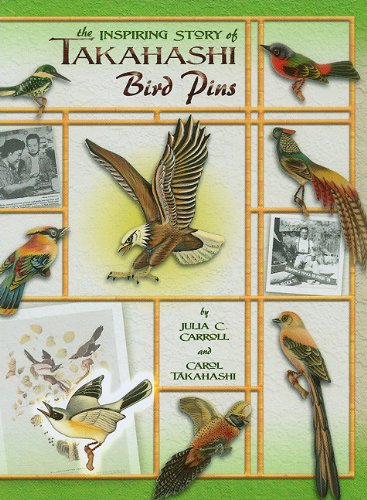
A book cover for The Inspiring Story of Takahashi Bird Pins; Julia C. Carroll; Crafts, Hobbies & Home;